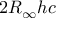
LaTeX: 2 R _ { \infty } h c